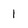
Character: 1